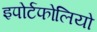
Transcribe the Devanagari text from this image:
इपोर्टफोलियो